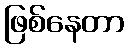
ဖြစ်နေတာ